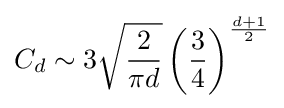
C_{d}\sim 3{\sqrt {2 \over \pi d}}\left({3 \over 4}\right)^{d+1 \over 2}